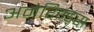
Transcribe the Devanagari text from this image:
अमेरिन्ड्स